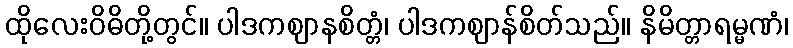
ထိုလေးဝိဓိတို့တွင်။ ပါဒကဈာနစိတ္တံ၊ ပါဒကဈာန်စိတ်သည်။ နိမိတ္တာရမ္မဏံ၊